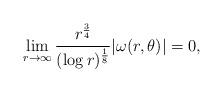
LaTeX: \begin{align*}\lim\limits_{r\to\infty}\frac{r^{\frac{3}{4}}}{(\log r)^{\frac{1}{8}}}|\omega(r,\theta)|=0,\end{align*}